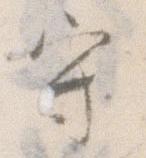
守